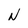
Character: N